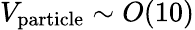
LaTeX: V_{\mathrm{particle}}\sim O(10)